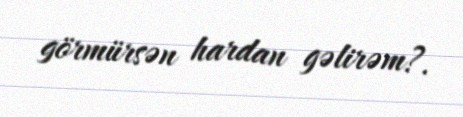
görmürsən hardan gəlirəm?.